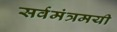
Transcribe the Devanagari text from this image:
सर्वमंत्रमयी